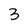
Character: 3